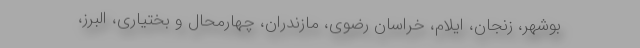
بوشهر، زنجان، ایلام، خراسان رضوی، مازندران، چهارمحال و بختیاری، البرز،